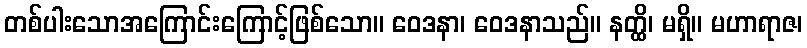
တစ်ပါးသောအကြောင်းကြောင့်ဖြစ်သော။ ဝေဒနာ၊ ဝေဒနာသည်။ နတ္ထိ၊ မရှိ။ မဟာရာဇ၊